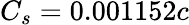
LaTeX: C_{s}=0.001152c